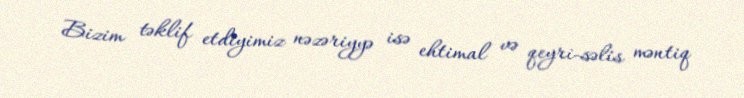
Bizim təklif etdiyimiz nəzəriyyə isə ehtimal və qeyri-səlis məntiq